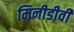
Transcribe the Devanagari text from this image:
मिनीडीवी